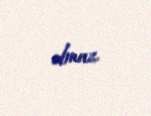
olmaz.